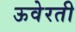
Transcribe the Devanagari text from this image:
ऊवेरती